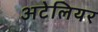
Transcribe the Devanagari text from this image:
अटेलियर